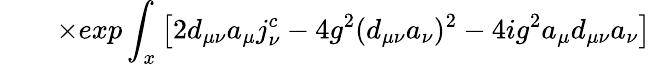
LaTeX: \qquad\times exp\int_{x}\left[2d_{\mu\nu}a_{\mu}j_{\nu}^{c}-4g^{2}(d_{\mu\nu}a_{\nu})^{2}-4ig^{2}a_{\mu}d_{\mu\nu}a_{\nu}\right]